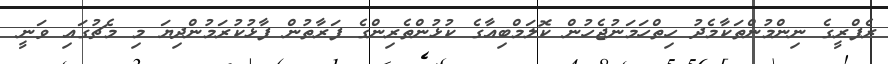
ރެފްރީގެ ނިންމުންތަކާމެދު ހިތްހަމަނުޖެހުން ކޮލަމްބިއާގެ ކުޅުންތެރިންގެ ފަރާތުން ފާޅުކުރަމުންދިޔަ މި މެޗުގައި ވަނީ